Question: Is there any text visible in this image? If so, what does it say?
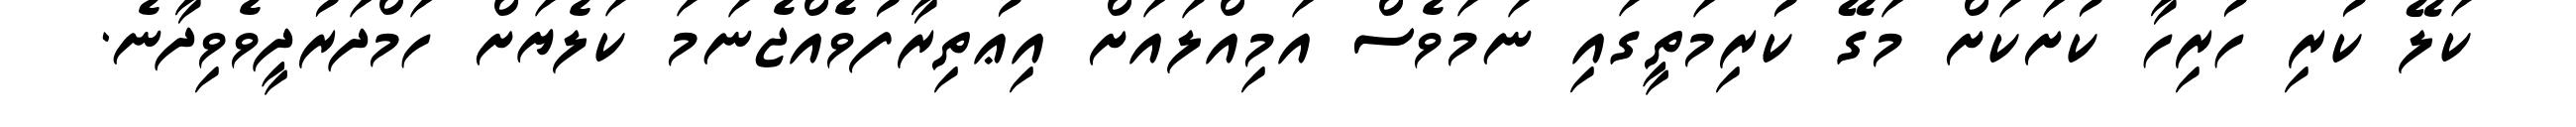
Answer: ކަލޭ ކުރި ހުރިހާ ކުށަކަށް މަގޭ ކުރިމަތީގައި ނަމަވެސް އަމިއްލައަށް އިޢުތިރާފުވެއްޖެނަމަ ކަލެޔަށް ހަމްދަރުދީވެވިދާނެ.